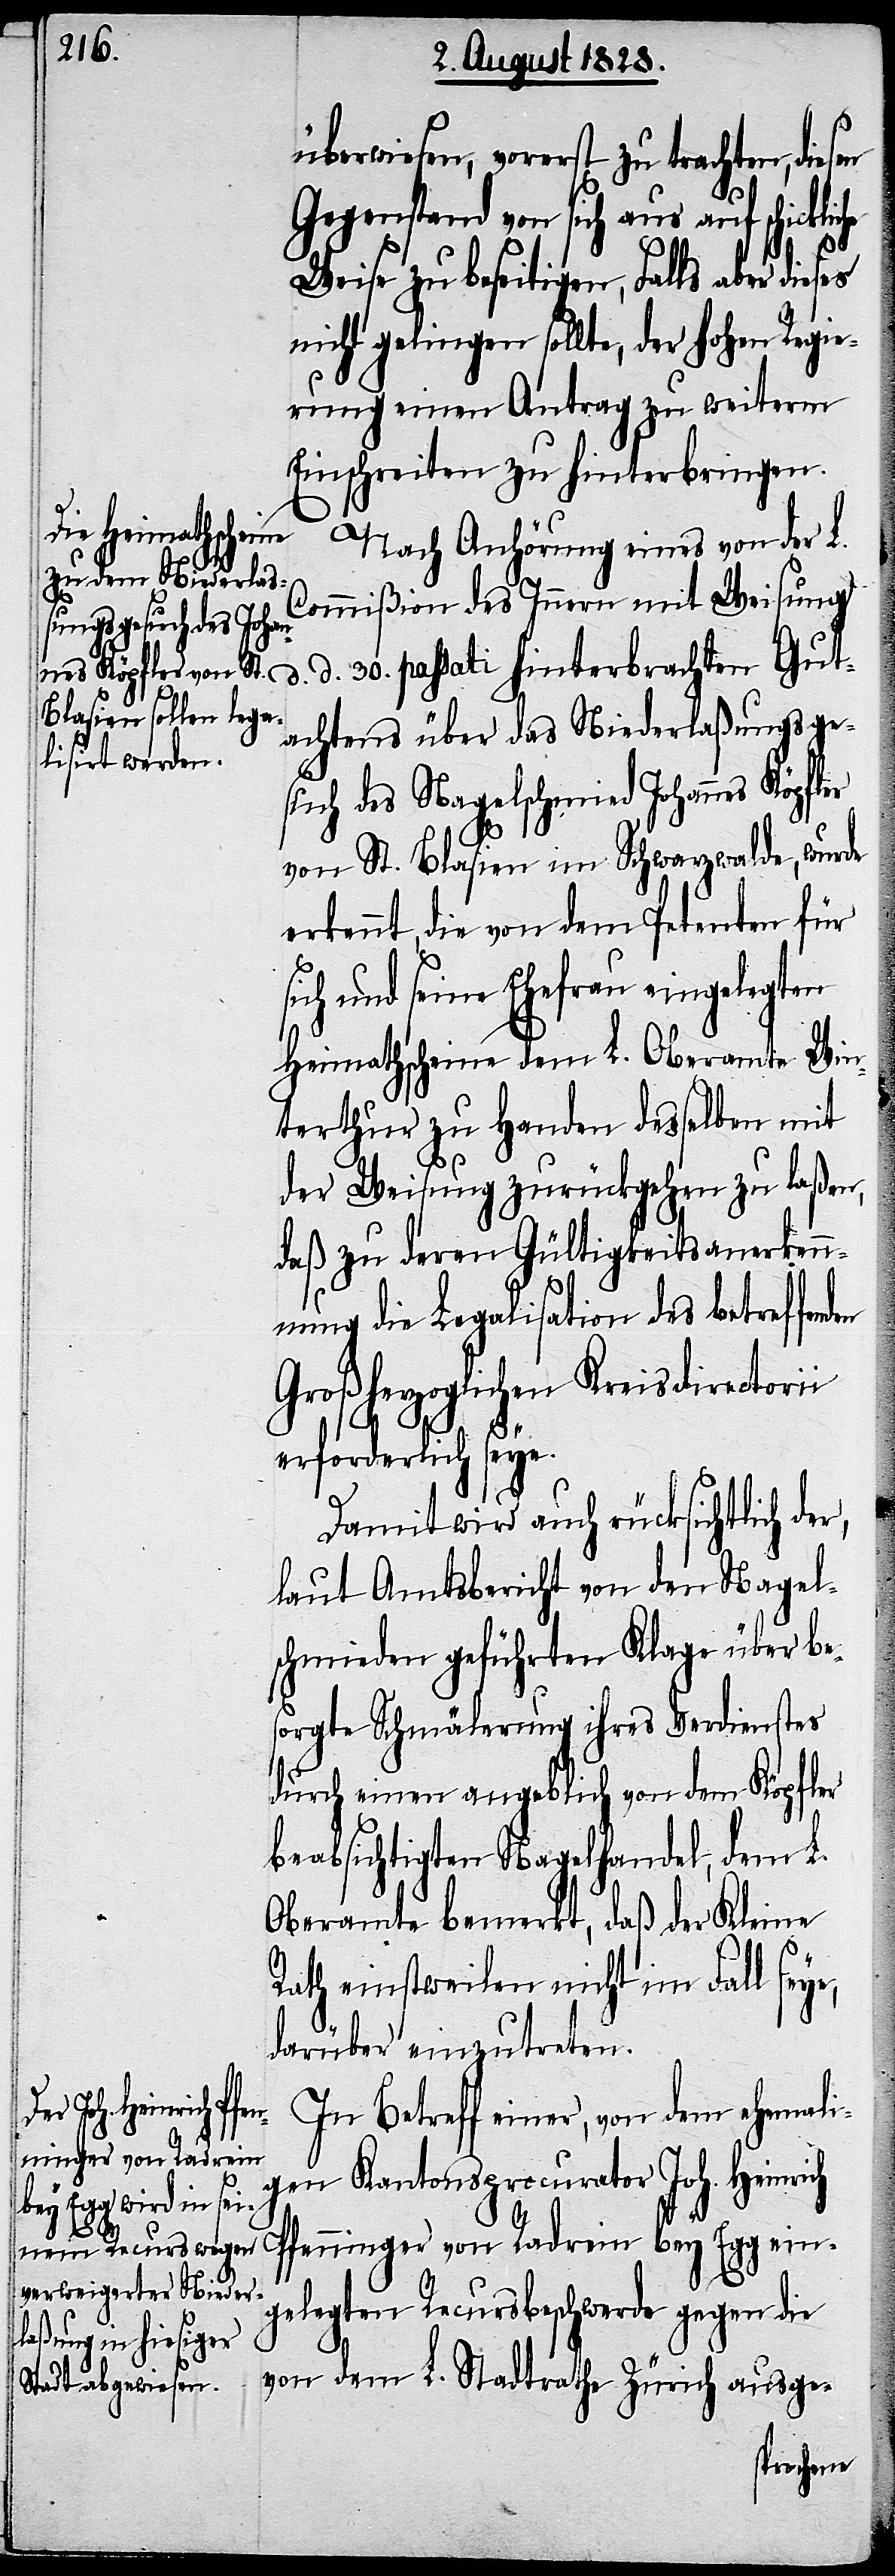
ickliche Weise

überwiesen, vorerst zu trachten, die¬
Gegenstand von sich aus auf sch¬
nicht gelingen sollte, der hohen Regie¬
rung einen Antrag zu weiterm
Einschreiten zu hinterbringen.
Nach Anhörung eines von der L.
Commißion des Innern mit Weisung
d. 30. passati hinterbrachten Gut¬
achtens über das Niederlaßungsge¬
such des Nagelschmied Johannes Köpfler
von St. Blasien im Schwarzwalde, wurde
erkennt, die von dem Petenten für
sich und seine Ehefrau eingelegten
Heimathscheine dem L. Oberamte Win¬
terthur zu Handen desselben mit
d.
der Weisung zurückgehen zu laßen,
daß zu deren Gültigkeitsanerken¬
nung die Legalisation des betreffend¬
Großherzoglichen Kreisdirectorii
en
erforderlich seye.
Damit wird auch rücksichtlich der,
laut Amtsbericht von den Nagel¬
schmieden geführten Klage über be¬
sorgte Schmälerung ihres Verdienstes
durch einen angeblich von dem Köpfler
beabsichtigten Nagelhandel, dem L.
Oberamte bemerkt, daß der Kleine
Rath einstweilen nicht im Fall seye,
darüber einzutreten.
In Betreff einer, von dem ehemali¬
gen Kantonsprocurator Joh. Heinrich
Pfenninger von Radrein bey Egg ein¬
gelegten Recursbeschwerde gegen die
von dem L. Stadtrathe Zürich ausge-